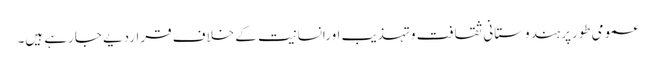
عمومی طورپرہندوستانی ثقافت وتہذیب اورانسانیت کے خلاف قراردیے جارہے ہیں۔